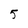
Character: 5